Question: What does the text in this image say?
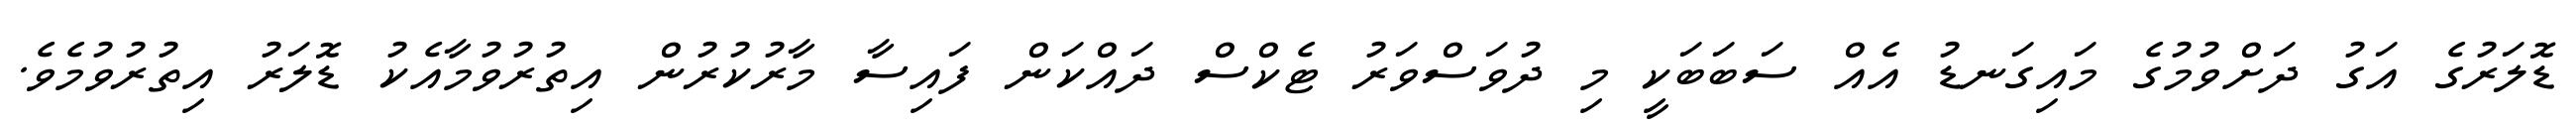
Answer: ޑޮލަރުގެ އަގު ދަށްވުމުގެ މައިގަނޑު އެއް ސަބަބަކީ މި ދުވަސްވަރު ޓެކްސް ދައްކަން ފައިސާ މާރުކުރުން އިތުރުވުމާއެކު ޑޮލަރު އިތުރުވުމެވެ.